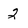
Character: 2